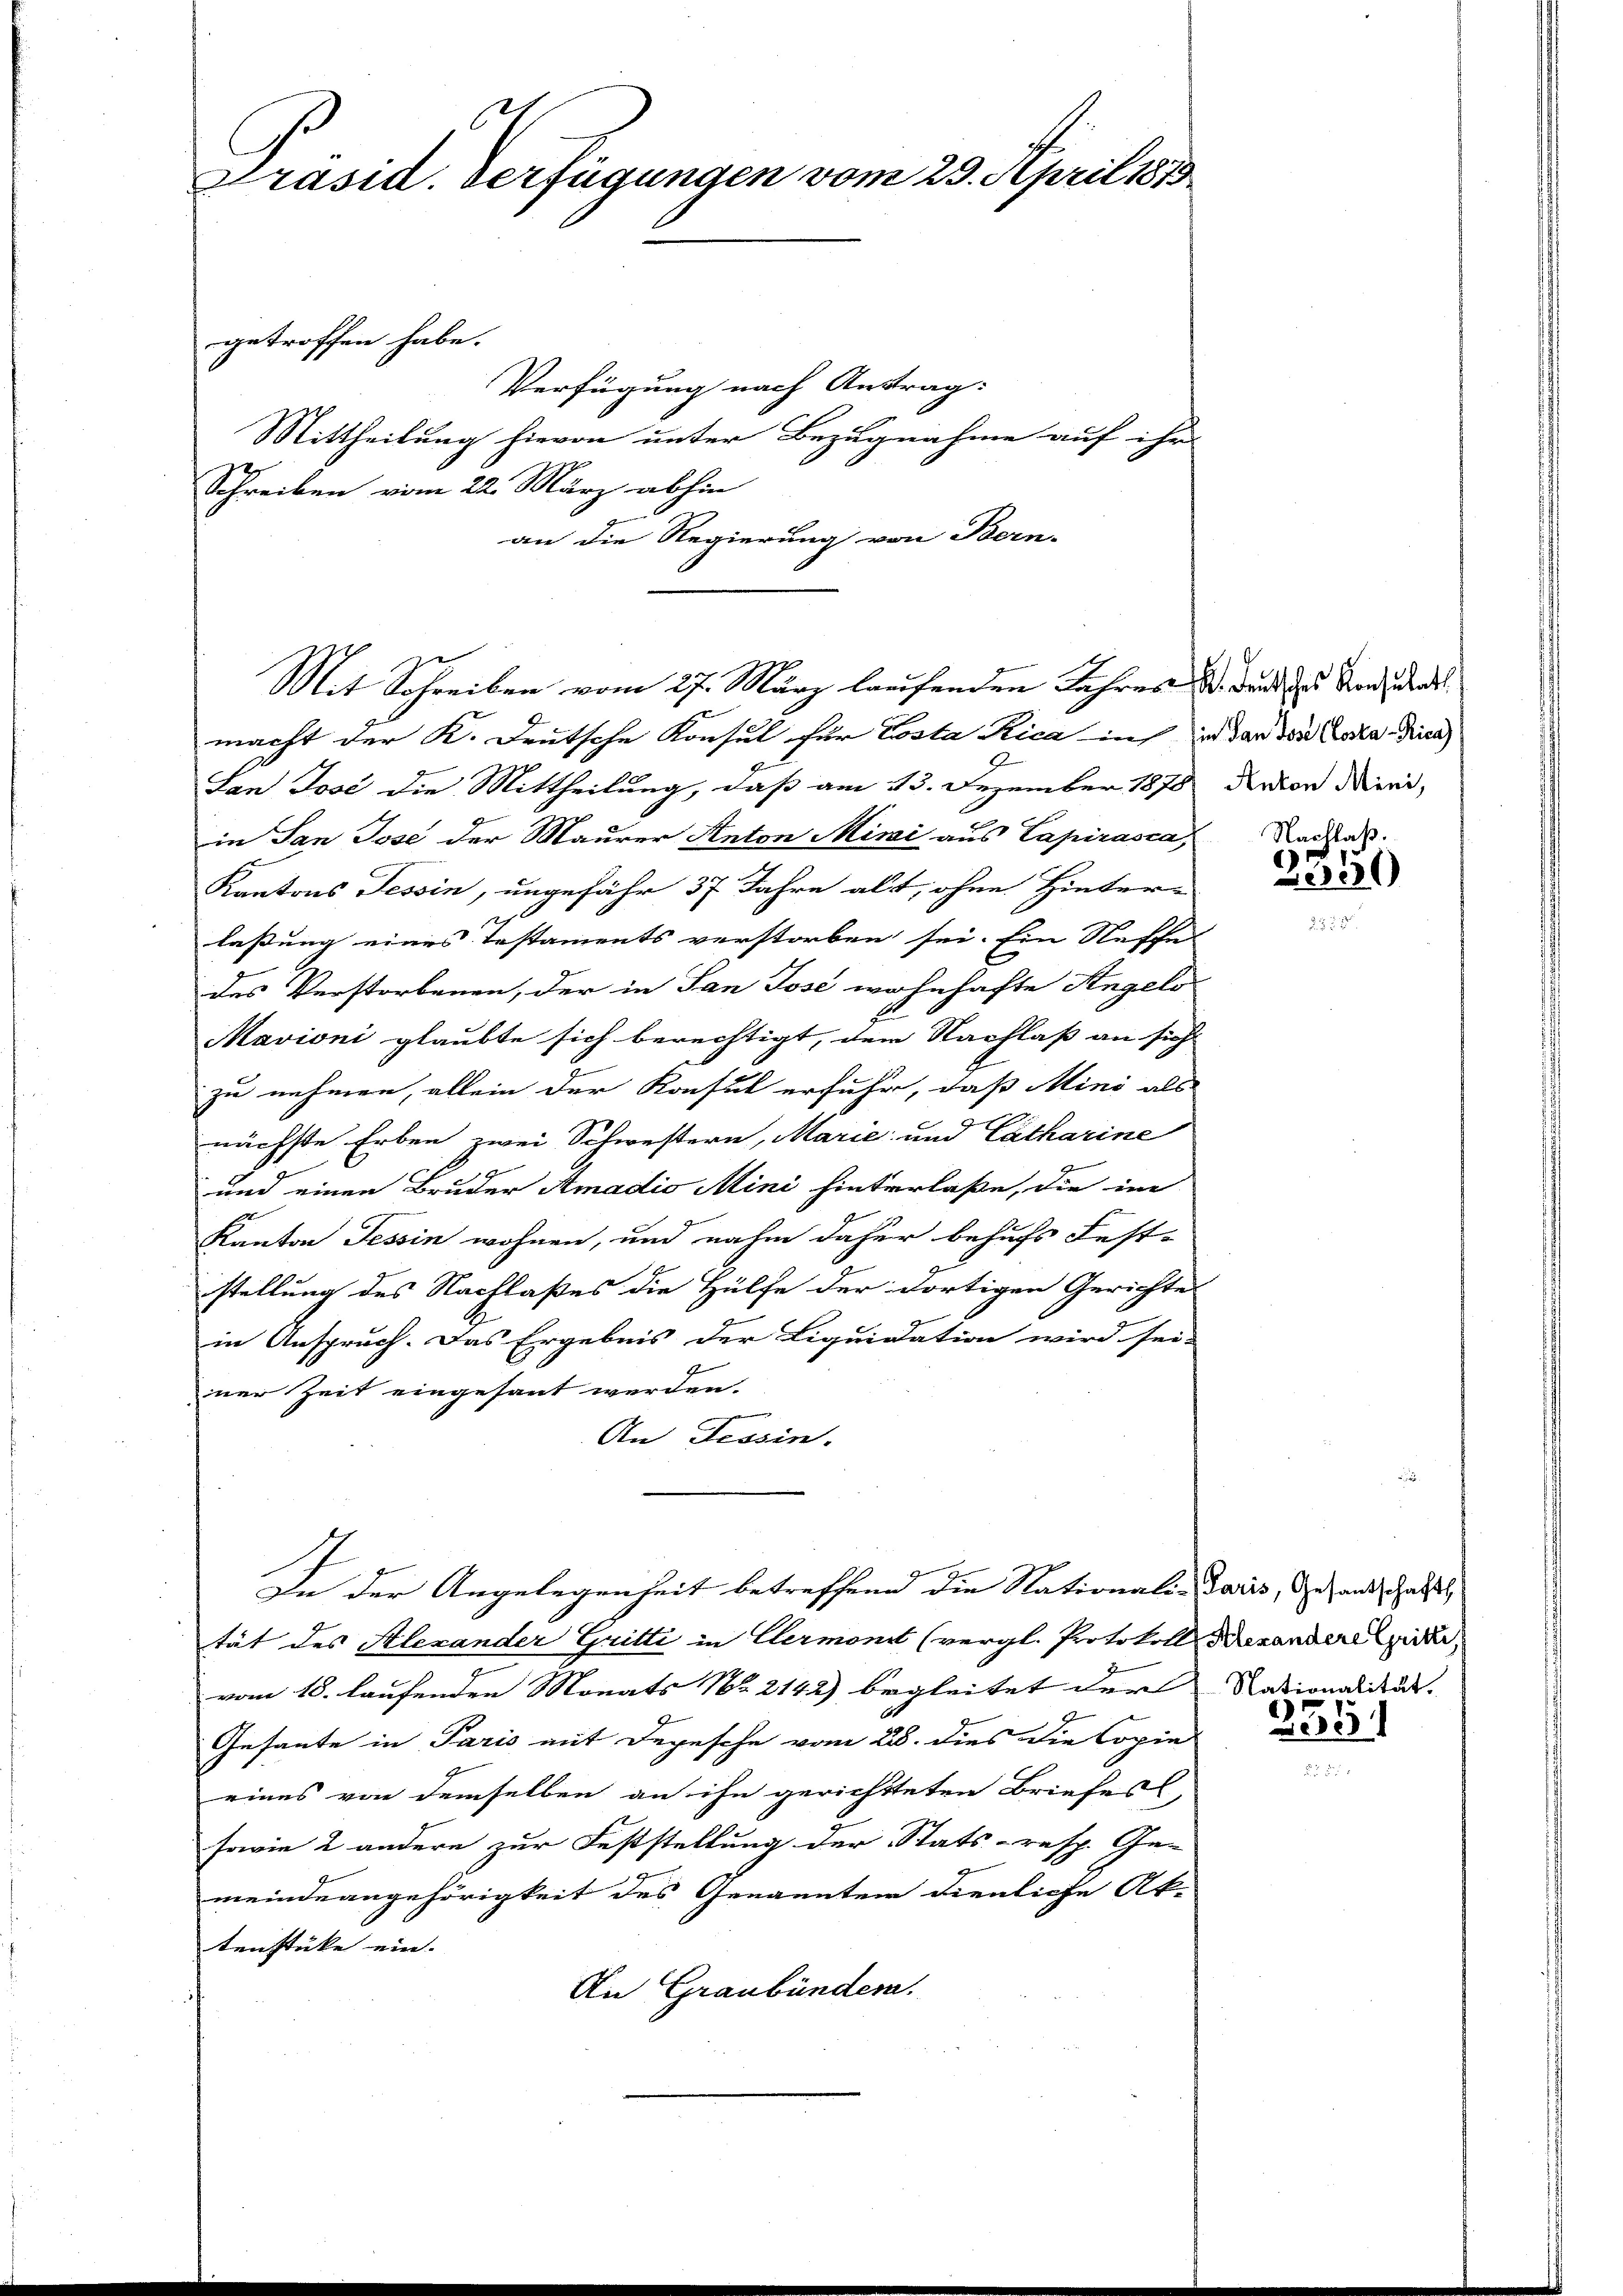
6
Präsid. Verfügungen vom 29. April 1873

getroffen habe.

Mit Schreiben vom 27. März laufenden Jahres V. und des Stand der
macht der K. Deutsche Konsul für Losta Rica in in der den Costa Pica

Verfügung nach Antrag:
Mittheilung hievon unter Bezugnahme auf ihr
Schreiben vom 22. März abhin
an die Regierung von Bern-

San Jose die Mittheilung, daß am 13. Dezember 1878
in San Jose der Maurer Anton Mini aus Capirasca
Kantons Tessin, ungefähr 37 Jahre alt, ohne Hinter-
lassung eines Testaments verstorben sei. Ein Neffe
des Verstorbenen, der in San Jose wohnhafte Angelo
Mavioni glaubte sich berechtigt, dem Nachlaß an sich
zu nehmen, allein der Konsul erfuhr, daß Mini als
nächste Erben zwei Schwestern, Marie und Catharine
und einen Bruder Amadio Mini hinterlaße, die im
Kanton Tessin wohnen, und nahm daher behufs Fest-
stellung des Nachlaßes die Hülfe der dortigen Gerichte
in Anspruch. Das Ergebnis der Liquidation wird sei-
ner Zeit eingesant werden.
An Tessin.
g
In der Angelegenheit betreffend die Nationali-Paris, Gesandt hatte
tät des Alexander Gritti in Elermonit (vergl. Protokoll Bexandere Epider,
vom 18. laufenden Monats Nr. 2142) begleitet der Nationalität.
Gesante in Paris mit Depesche vom 23. dies die Copie
eines von demselben an ihn gerichtteten Briefes
sowie 2 andere zur Feststellung der Stats-resp. Ge-
meindeangehörigkeit des Genannten dienliche Ak-
tenstücke ein.
An Graubünden.

Anton Mini,

Nachlaß.
2350

2551